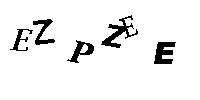
EZPZEE